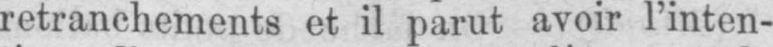
retranchements et il parut avoir l’inten-